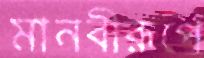
মানবীরূপে